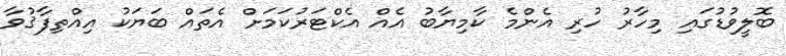
ބޮލީވުޑުގައި މިހާރު ހުރި އެންމެ ކާމިޔާބު އެއް އެކްޓަރުކަމަށް އެތައް ބަޔަކު އިއްތިފާޤުވާ